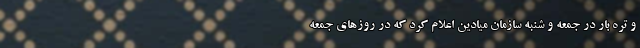
و تره بار در جمعه و شنبه سازمان میادین اعلام کرد که در روزهای جمعه